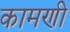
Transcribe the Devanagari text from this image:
कामणी